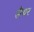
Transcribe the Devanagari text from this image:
सैयर